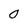
Character: 0